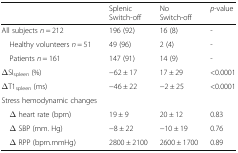
|  | Splenic Switch-off | NoSwitch-off | p-value |
 | --- | --- | --- | --- |
 | All subjects n = 212 | 196 (92) | 16 (8) | - |
 | Healthy volunteers n = 51 | 49 (96) | 2 (4) | - |
 | Patients n = 161 | 147 (91) | 14 (9) | - |
 | ΔSIspleen (%) | −62 ± 17 | 17 ± 29 | <0.0001 |
 | ΔT1spleen (ms) | −46 ± 22 | −2 ± 25 | <0.0001 |
 | Stress hemodynamic changes |  |  |  |
 | Δ heart rate (bpm) | 19 ± 9 | 20 ± 12 | 0.83 |
 | Δ SBP (mm. Hg) | −8 ± 22 | −10 ± 19 | 0.76 |
 | Δ RPP (bpm.mmHg) | 2800 ± 2100 | 2600 ± 1700 | 0.89 |